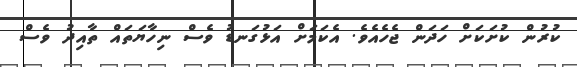
ކުރުން ކުށަކަށް ހަދަން ޖެހެއެވެ. އެކަމަށް އަޅުގަނޑު ވެސް ނިހާޔަތައް ތާއިދު ވެސް